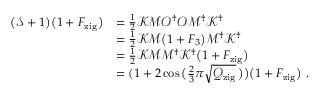
\begin{array} { r l } { \big ( \mathcal { S } + 1 \big ) \big ( 1 + { F } _ { \mathrm { z i g } } \big ) } & { = \frac 1 2 \mathcal { K M O } ^ { \dagger } \mathcal { O M } ^ { \dagger } \mathcal { K } ^ { \dagger } } \\ & { = \frac 1 2 \mathcal { K M } \big ( 1 + F _ { 3 } \big ) \mathcal { M } ^ { \dagger } \mathcal { K } ^ { \dagger } } \\ & { = \frac 1 2 \mathcal { K M M } ^ { \dagger } \mathcal { K } ^ { \dagger } \big ( 1 + F _ { \mathrm { z i g } } \big ) } \\ & { = ( 1 + 2 \cos \big ( \frac 2 3 \pi \sqrt { \mathcal { Q } _ { \mathrm { z i g } } } \, \big ) \big ) \big ( 1 + F _ { \mathrm { z i g } } \big ) \ . } \end{array}